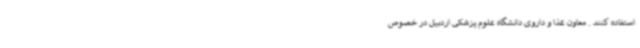
استفاده کنند . معاون غذا و داروی دانشگاه علوم پزشکی اردبیل در خصوص